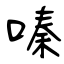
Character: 嗪